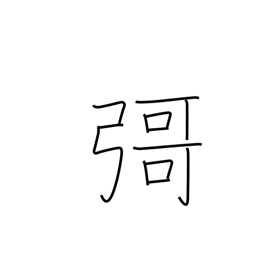
Meaning: (ghost kanji)